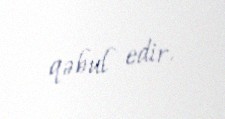
qəbul edir.